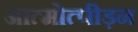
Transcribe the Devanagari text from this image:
आत्मोत्पीड़न